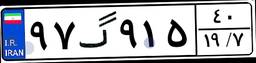
۹۰گ۹۳۳۲۹